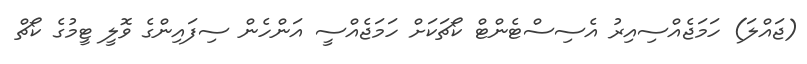
(ޖައްލަ) ހަމަޖެއްސިއިރު އެސިސްޓެންޓް ކޯޗަކަށް ހަމަޖެއްސީ އަންހެން ސިފައިންގެ ވޮލީ ޓީމުގެ ކޯޗް